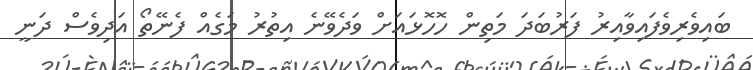
ބައިވެރިވެފައިވާއިރު ފަރުބަދަ މަތިން ހޮހޮޅައަށް ވަދެވޭނެ އިތުރު މަގެއް ފެނޭތޯ އަދިވެސް ދަނީ